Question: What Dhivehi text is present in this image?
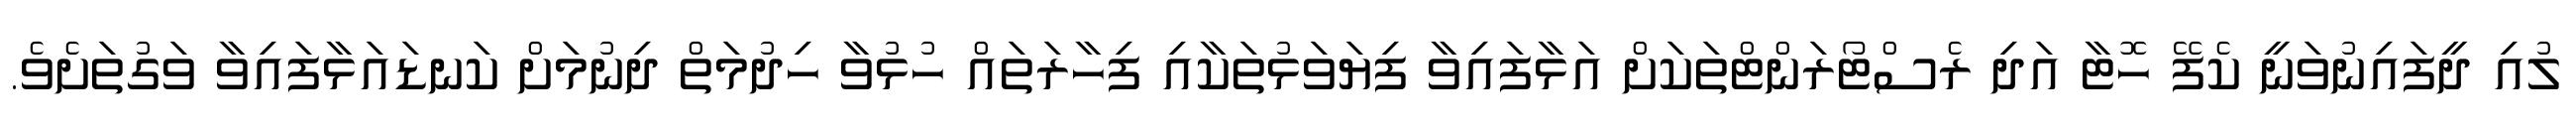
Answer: ލުއި ދީފައިނުވަނީ ކެފޭ ހޮޓާ އަދި ރެސްޓޯރަންޓްތަކަށް އަޅާފައިވާ ފިޔަވަޅުތަކާއި ފިހާރަތައް ހުޅުވާ ހިދުމަތް ދިނުމަށް ކަނޑައަޅާފައިވާ ވަގުތަށެވެ.